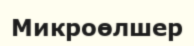
Микроөлшер